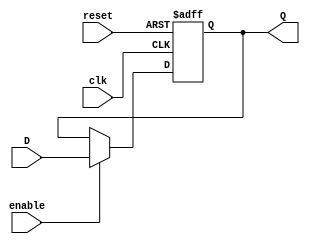
//jos Alejandro Garca Aguirre
//Lab9
//Ejecicio 3

module ffd(input wire clk, reset, enable, D, output reg Q);

    always @(posedge clk or posedge reset) begin
        if(reset)
            Q <= 0;
        else if (enable)
            Q <= D; 
    end
endmodule

module ffjk(input wire clk, reset, enable, J, K, output wire Q);

    wire nQ, nK, aJ, aK, q;

    not(nQ, Q);
    not(nK, K);
    and(aJ, J, nQ);
    and(aK, nK, Q);
    or(q, aJ, aK);

		ffd U1(clk, reset, enable, q, Q);
endmodule